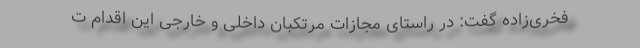
فخری‌زاده گفت: در راستای مجازات مرتکبان داخلی و خارجی این اقدام ت